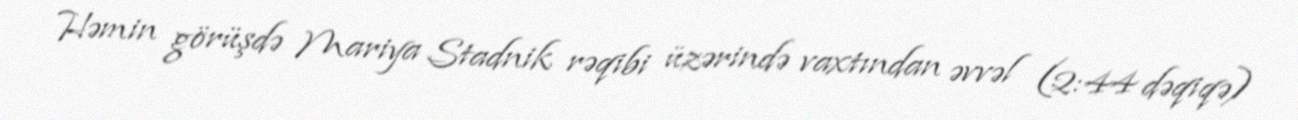
Həmin görüşdə Mariya Stadnik rəqibi üzərində vaxtından əvvəl (2:44 dəqiqə)